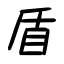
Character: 盾